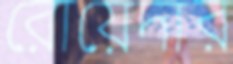
রোয়েদার